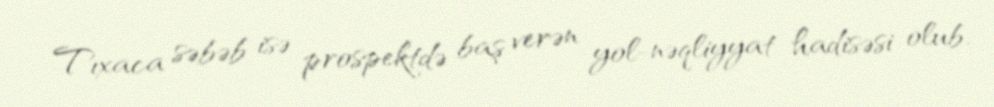
Tıxaca səbəb isə prospektdə baş verən yol-nəqliyyat hadisəsi olub.